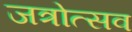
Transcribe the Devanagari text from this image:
जत्रोत्सव